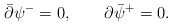
\begin{align*}\bar\partial\psi^-=0,\qquad \partial\bar\psi^+=0.\end{align*}